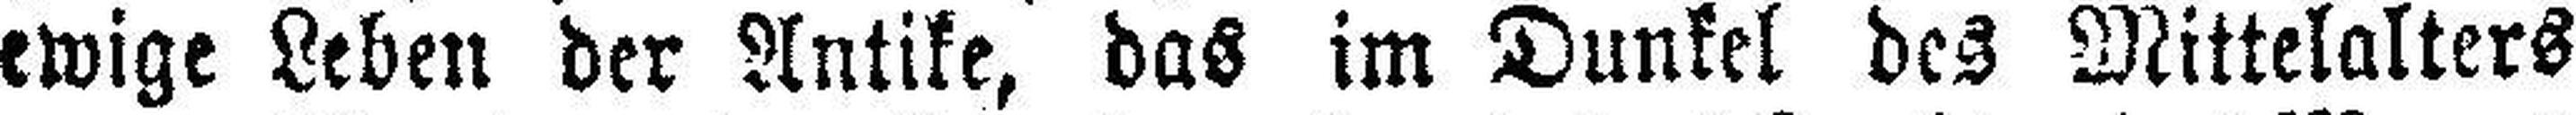
ewige Leben der Antike, das im Dunkel des Mittelalters